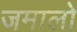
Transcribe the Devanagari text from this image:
जमालो